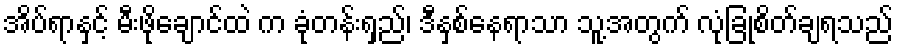
အိပ်ရာနှင့် မီးဖိုချောင်ထဲ က ခုံတန်းရှည်၊ ဒီနှစ်နေရာသာ သူ့အတွက် လုံခြုံစိတ်ချရသည်